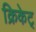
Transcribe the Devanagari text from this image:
क्रिकेट्